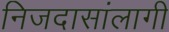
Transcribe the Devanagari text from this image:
निजदासांलागी